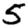
Digit: 5